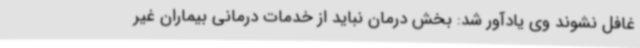
غافل نشوند وی یادآور شد: بخش درمان نباید از خدمات درمانی بیماران غیر